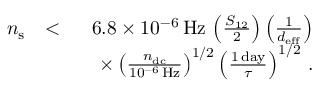
\begin{array} { r l r } { n _ { \mathrm { s } } } & { < } & { 6 . 8 \times 1 0 ^ { - 6 } \, \mathrm { H z } \, \left( \frac { S _ { 1 2 } } { 2 } \right) \left( \frac { 1 } { d _ { \mathrm { e f f } } } \right) } \\ & { } & { \quad \times \left( \frac { n _ { \mathrm { d c } } } { 1 0 ^ { - 6 } \, \mathrm { H z } } \right) ^ { 1 / 2 } \left( \frac { 1 \, \mathrm { d a y } } { \tau } \right) ^ { 1 / 2 } \, . } \end{array}